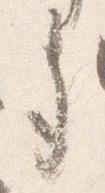
多